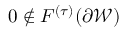
\boldsymbol { 0 } \not \in F ^ { ( \tau ) } ( \partial \mathcal { W } )